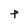
Character: P